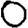
Digit: 0